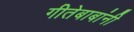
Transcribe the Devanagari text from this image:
गीतेबाबांनी